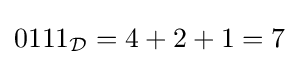
0111_{\mathcal {D}}=4+2+1=7